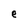
Character: e